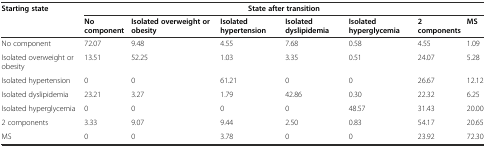
<table><thead><tr><td rowspan="2"><b>Starting state</b></td><td colspan="7"><b>State after transition</b></td></tr><tr><td><b>No component</b></td><td><b>Isolated overweight or obesity</b></td><td><b>Isolated hypertension</b></td><td><b>Isolated dyslipidemia</b></td><td><b>Isolated hyperglycemia</b></td><td><b>2 components</b></td><td><b>MS</b></td></tr></thead><tbody><tr><td>No component</td><td>72.07</td><td>9.48</td><td>4.55</td><td>7.68</td><td>0.58</td><td>4.55</td><td>1.09</td></tr><tr><td>Isolated overweight or obesity</td><td>13.51</td><td>52.25</td><td>1.03</td><td>3.35</td><td>0.51</td><td>24.07</td><td>5.28</td></tr><tr><td>Isolated hypertension</td><td>0</td><td>0</td><td>61.21</td><td>0</td><td>0</td><td>26.67</td><td>12.12</td></tr><tr><td>Isolated dyslipidemia</td><td>23.21</td><td>3.27</td><td>1.79</td><td>42.86</td><td>0.30</td><td>22.32</td><td>6.25</td></tr><tr><td>Isolated hyperglycemia</td><td>0</td><td>0</td><td>0</td><td>0</td><td>48.57</td><td>31.43</td><td>20.00</td></tr><tr><td>2 components</td><td>3.33</td><td>9.07</td><td>9.44</td><td>2.50</td><td>0.83</td><td>54.17</td><td>20.65</td></tr><tr><td>MS</td><td>0</td><td>0</td><td>3.78</td><td>0</td><td>0</td><td>23.92</td><td>72.30</td></tr></tbody></table>